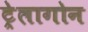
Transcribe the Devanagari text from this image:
ट्रेलागोन